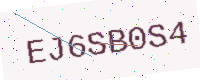
Text: EJ6SB0S4